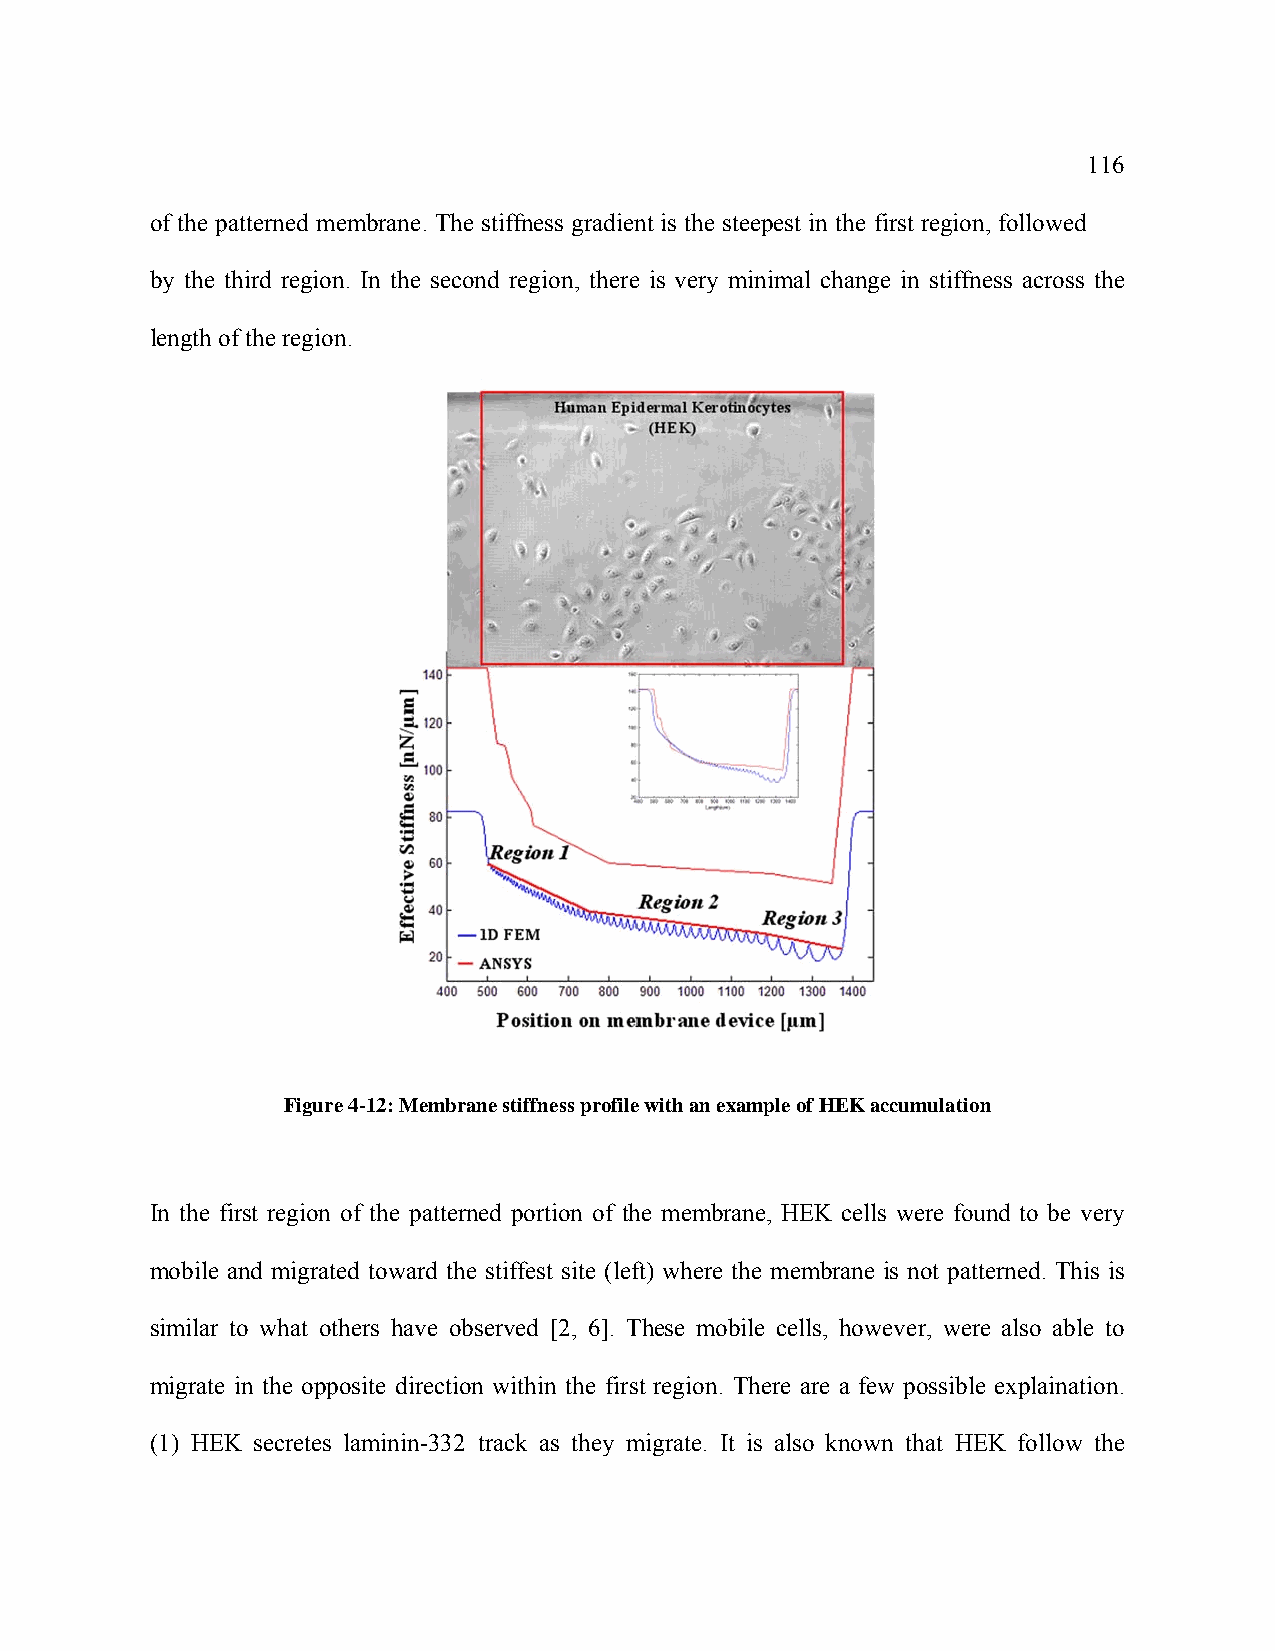
116
 of the patterned membrane. The stiffness gradient is the steepest in the first region, followed
 by the third region. In the second region, there is very minimal change in stiffness across the
 length of the region.
 Figure 4-12: Membrane stiffness profile with an example of HEK accumulation
 In the first region of the patterned portion of the membrane, HEK cells were found to be very
 mobile and migrated toward the stiffest site (left) where the membrane is not patterned. This is
 similar to what others have observed [2, 6]. These mobile cells, however, were also able to
 migrate in the opposite direction within the first region. There are a few possible explaination.
 (1) HEK secretes laminin-332 track as they migrate. It is also known that HEK follow the